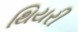
થિયરી